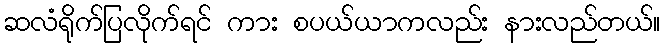
ဆလံရိုက်ပြလိုက်ရင် ကား စပယ်ယာကလည်း နားလည်တယ်။